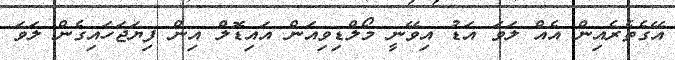
އޭގެތެރެއިން އެއް ލަވަ އަޑު އިވޭނީ މޯލްޑިވިއަން އައިޑޮލް އިން ފިޔަޖަހައިގެން ލަވަ